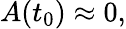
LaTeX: A(t_{0})\approx 0,